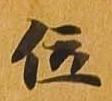
位